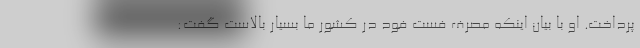
پرداخت. او با بیان اینکه مصرف فست فود در کشور ما بسیار بالاست گفت: